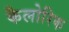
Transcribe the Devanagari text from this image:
कैलोरिक